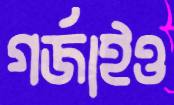
গর্জাইও